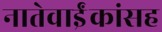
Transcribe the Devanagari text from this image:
नातेवाईंकांंसह